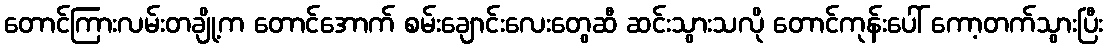
တောင်ကြားလမ်းတချို့က တောင်အောက် စမ်းချောင်းလေးတွေဆီ ဆင်းသွားသလို တောင်ကုန်းပေါ် ကော့တက်သွားပြီး